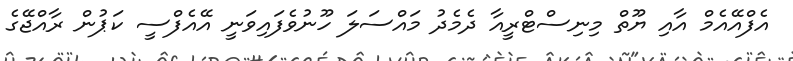
އެފްއޭއެމް އާއި ޔޫތް މިނިސްޓްރީއާ ދެމެދު މައްސަލަ ހޫނުވެފައިވަނީ އޭއެފްސީ ކަޕުން ރާއްޖޭގެ